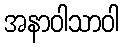
အနာဝါသာဝါ